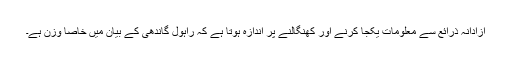
آزادانہ ذرائع سے معلومات یکجا کرنے اور کھنگالنے پر اندازہ ہوتا ہے کہ راہول گاندھی کے بیان میں خاصا وزن ہے۔